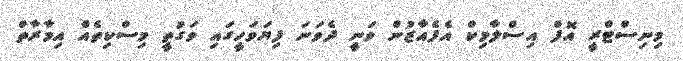
މިނިސްޓްރީ އޮފް އިސްލާމިކް އެފެއާޒުން ވަނީ ދެވަނަ ފިޔަވަހީގައި ވަގުތީ މިސްކިތެއް އިމާރާތް